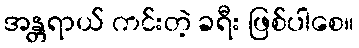
အန္တရာယ် ကင်းတဲ့ ခရီး ဖြစ်ပါစေ။